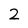
Character: 2